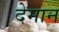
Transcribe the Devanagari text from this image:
देमान